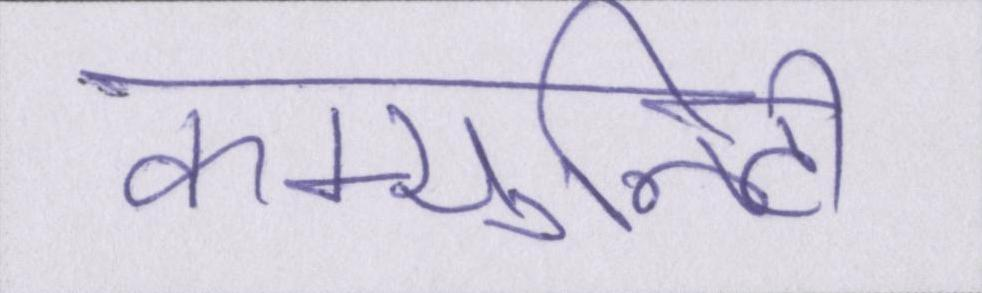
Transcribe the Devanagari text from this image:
कम्युनिटी